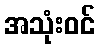
အသုံးဝင်